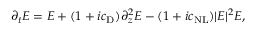
\begin{array} { r } { \partial _ { t } E = E + ( 1 + i c _ { \mathrm { D } } ) \partial _ { z } ^ { 2 } E - ( 1 + i c _ { \mathrm { N L } } ) | E | ^ { 2 } E , } \end{array}